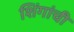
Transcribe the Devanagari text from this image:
शिंगांची